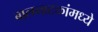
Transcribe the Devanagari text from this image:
बालनाटकांमध्ये